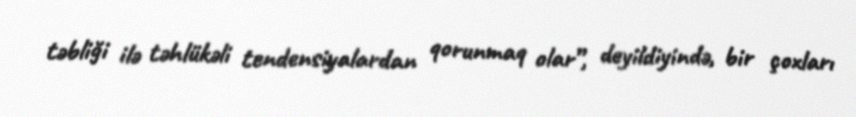
təbliği ilə təhlükəli tendensiyalardan qorunmaq olar”, deyildiyində, bir çoxları